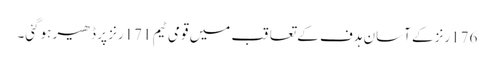
176رنز کے آسان ہدف کے تعاقب میں قومی ٹیم 171رنز پر ڈھیر ہوگئی۔